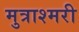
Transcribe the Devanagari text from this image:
मुत्राश्मरी